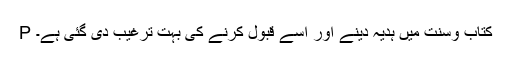
P کتاب وسنت میں ہدیہ دینے اور اسے قبول کرنے کی بہت ترغیب دی گئی ہے۔